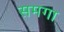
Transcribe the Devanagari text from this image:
समगा